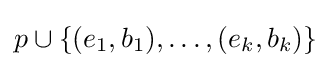
p\cup \{(e_{1},b_{1}),\ldots ,(e_{k},b_{k})\}